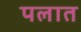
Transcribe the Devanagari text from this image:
पलात